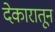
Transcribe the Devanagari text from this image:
देकारातून